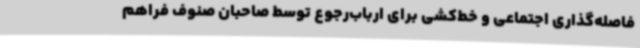
فاصله‌گذاری اجتماعی و خط‌کشی برای ارباب‌رجوع توسط صاحبان صنوف فراهم